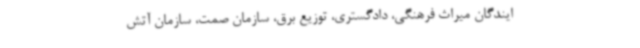
ایندگان میراث فرهنگی، دادگستری، توزیع برق، سازمان صمت، سازمان آتش